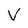
Character: v